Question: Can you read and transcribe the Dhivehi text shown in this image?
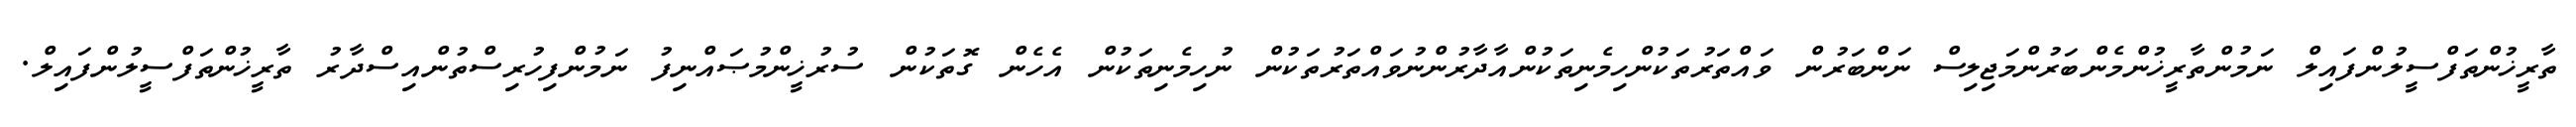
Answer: ތާރީޚުންތަފްސީލުންފައިލް ނަމުންތާރީޚުންމެންބަރުންމަޖިލިސް ނަންބަރުން ވައްތަރުތަކުންހިމެނިތަކުންއާދާރުންނުވައްތަރުތަކުން ނުހިމެނިތަކުން އެހެން ގޮތަކުން ސުރުޚީންމުޞައްނިފު ނަމުންފިހުރިސްތުންއިސްދާރު ތާރީޚުންތަފްސީލުންފައިލް.